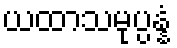
ယထာသမုပ္ပန္နံ